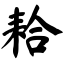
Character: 耠